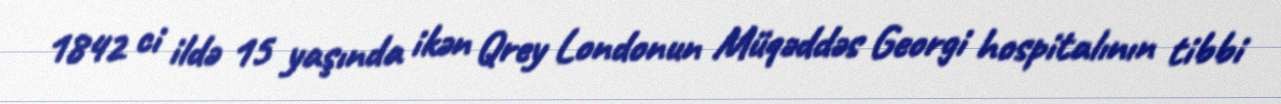
1842 ci ildə 15 yaşında ikən Qrey Londonun Müqəddəs Georgi hospitalının tibbi